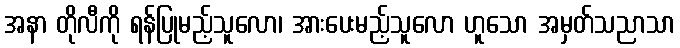
အနာ တိုလီကို ရန်ပြုမည့်သူလော၊ အားပေးမည့်သူလော ဟူသော အမှတ်သညာသာ